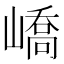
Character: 嶠